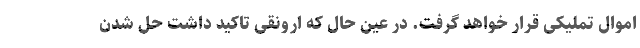
اموال تملیکی قرار خواهد گرفت. در عین حال که ارونقی تاکید داشت حل شدن